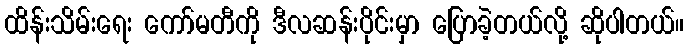
ထိန်းသိမ်းရေး ကော်မတီကို ဒီလဆန်းပိုင်းမှာ ပြောခဲ့တယ်လို့ ဆိုပါတယ်။